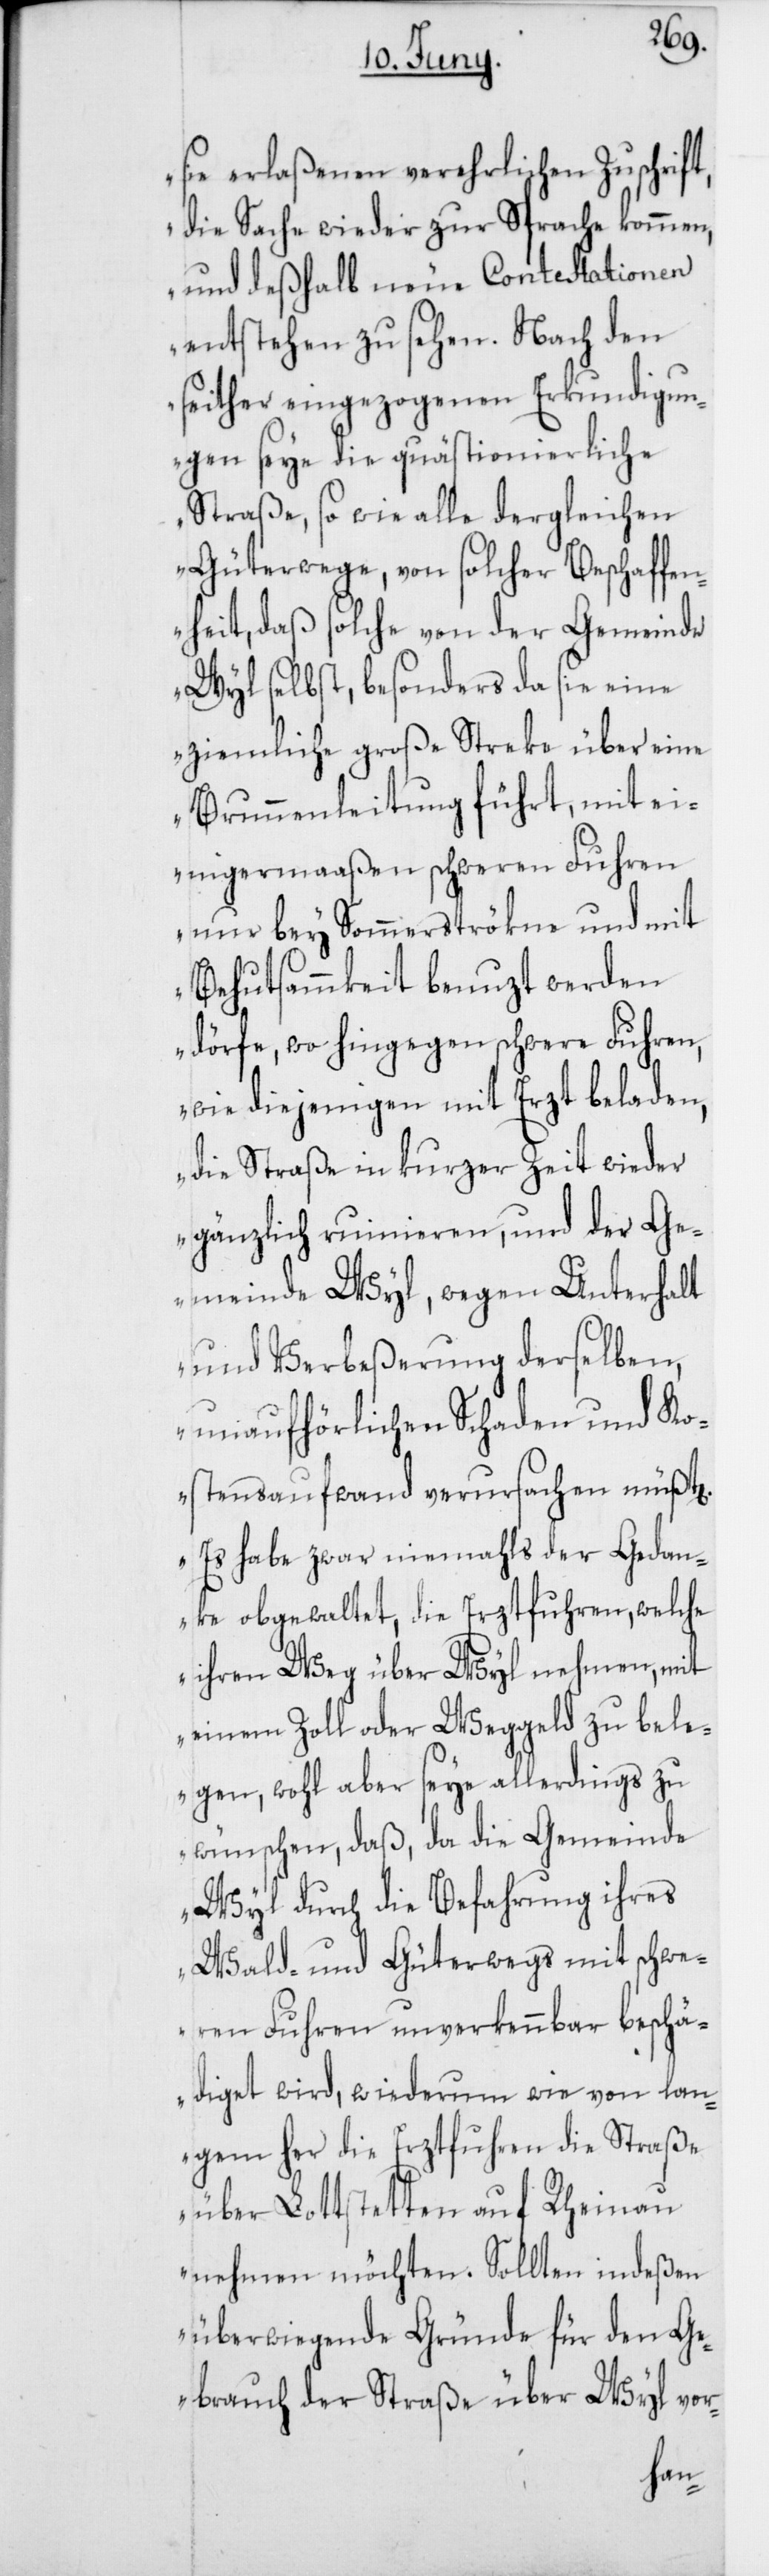
n].
sie erlaßenen verehrlichen Zuschrift
die Sache wieder zur Sprache kommen,
und deßhalb neue Contestationen
entstehen zu sehen. Nach den
seither eingezogenen Erkundigun¬
gen seye die quästionierliche
Straße sowie alle dergleichen
Güterwege von solcher Beschaffe¬
nheit, daß solche von der Gemeinde
Wyl selbst, besonders da sie eine
ziemliche große Streke über eine
Brunnenleitung führt, mit ei¬
nigermaaßen schweren Fuhren
nur bey Sommerströkne und mit
Behutsammkeit benuzt werden
dörfe, wo hingegen schwere Fuhren,
wie diejenigen mit Erzt beladen,
die Straße in kurzer Zeit wieder
gänzlich ruinieren, und der Ge¬
meinde Wyl, wegen Unterhalt
und Verbeßerung derselben,
unaufhörlichen Schaden und Ko¬
stensaufwand verursachen müßt[e¬
Es habe zwar niemahls der Gedan¬
ke obgewaltet, die Erztfuhren, welche
ihren Weg über Wyl nehmen, mit
einem Zoll oder Weggeld zu bele¬
gen, wohl aber seye allerdings zu
wünschen, daß, da die Gemeinde
Wyl durch die Befahrung ihres
Wald- und Güterwegs mit schwe¬
ren Fuhren unverkennbar beschä¬
diget wird, wiederum wie von lan¬
gem her die Erztfuhren die Straße
über Lottstetten auf Rheinau
nehmen möchten. Sollten indeßen
überwiegende Gründe für den G¬
ebrauch der Straße über Wyl vor-